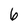
Character: 6